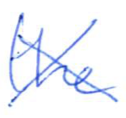
Text: the
Cross-out: cross
Writing tool: ballpoint